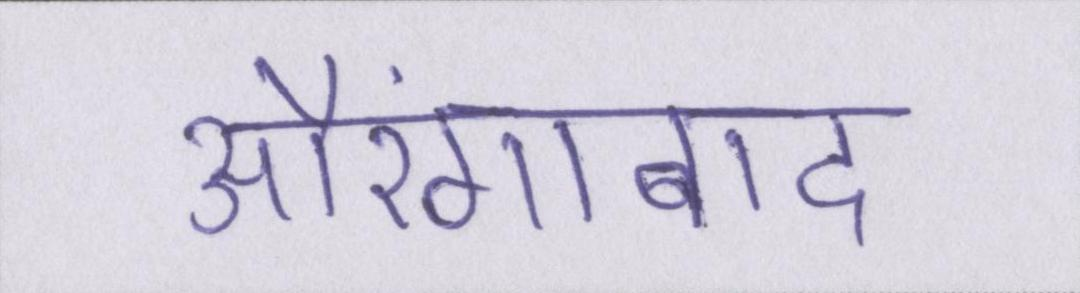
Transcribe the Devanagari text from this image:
औरंगाबाद